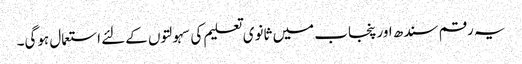
یہ رقم سندھ اور پنجاب میں ثانوی تعلیم کی سہولتوں کےلئے استعمال ہوگی۔